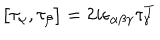
\bigl [ \tau _ { \alpha } , \tau _ { \beta } \bigr ] = 2 i \epsilon _ { \alpha \beta \gamma } \tau _ { \gamma } ^ { T }